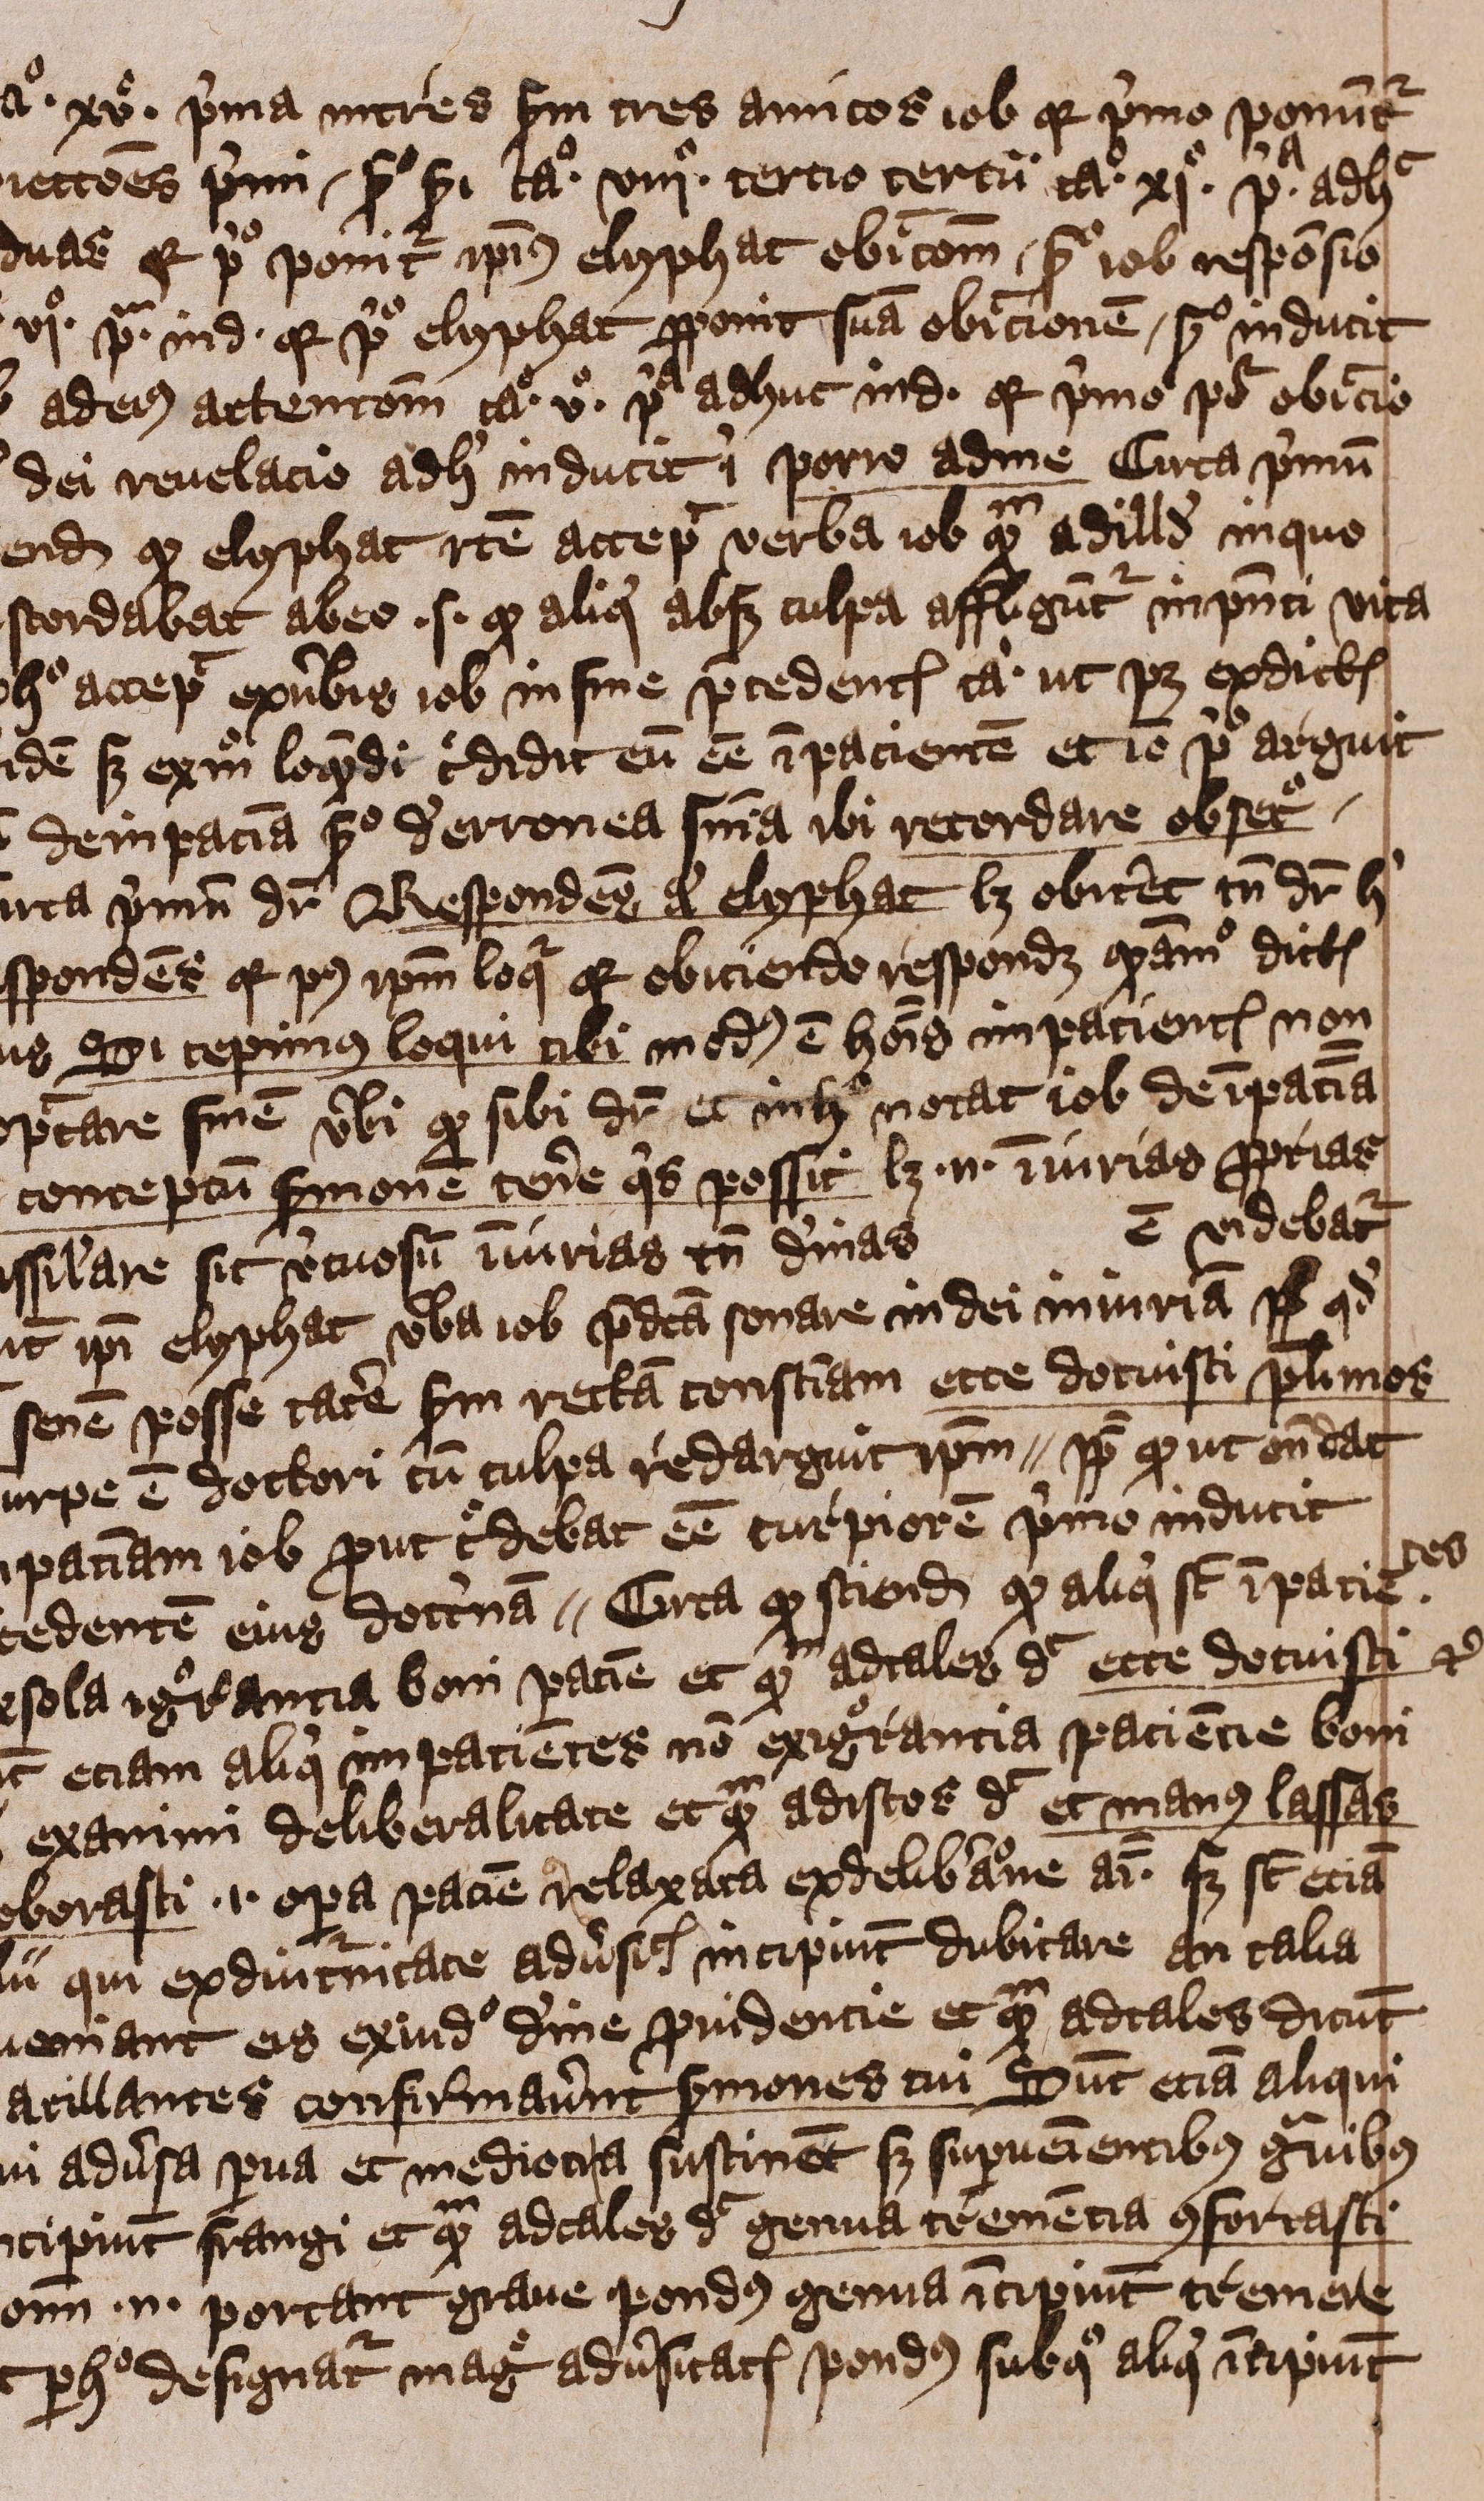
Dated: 1401–1401